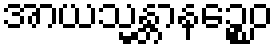
အာယသ္မန္တာနဉ္စေဝ